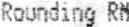
ROUNDING RM